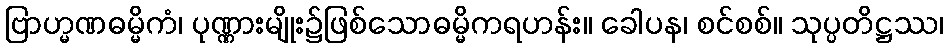
ဗြာဟ္မဏဓမ္မိကံ၊ ပုဏ္ဏားမျိုး၌ဖြစ်သောဓမ္မိကရဟန်း။ ခေါပန၊ စင်စစ်။ သုပ္ပတိဋ္ဌဿ၊